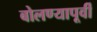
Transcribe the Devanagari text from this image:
बोलण्यापूर्वी